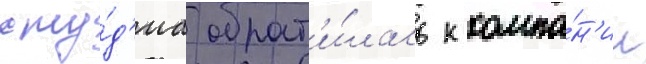
сту́д'иа обрат'и́лась к компа́н'ии